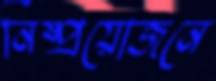
নিষ্প্রয়োজনে